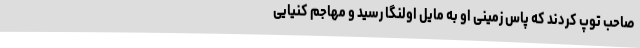
صاحب توپ کردند که پاس زمینی او به مایل اولنگا رسید و مهاجم کنیایی